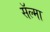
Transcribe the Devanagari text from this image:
सॅल्मा